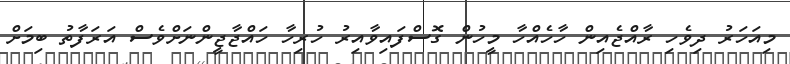
މިއަހަރު ދިވެހި ރާއްޖެއިން ހާހެއްހާ މީހުން ގޮސްފައިވާއިރު ހުރިހާ ހައްޖާޖީންނަށްވެސް އަރަފާތު ބިމަށް